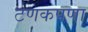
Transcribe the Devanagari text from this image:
टणकपणा